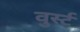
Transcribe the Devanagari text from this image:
वुर्स्ट